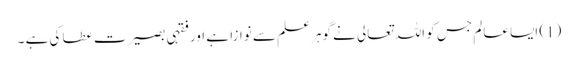
(1) ایسا عالم جس کو اللہ تعالی نے گوہر علم سے نوازا ہے اور فقہی بصیرت عطا کی ہے ۔